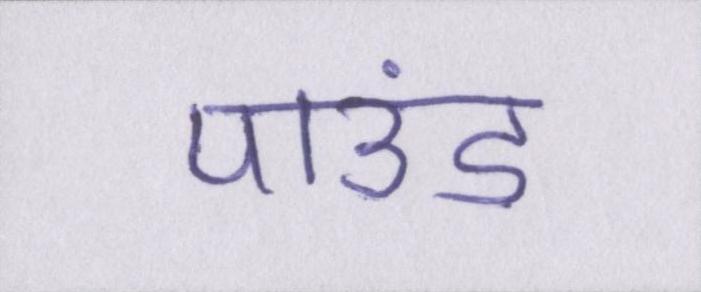
पाउंड